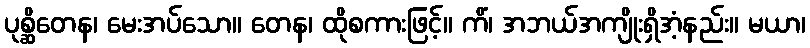
ပုစ္ဆိတေန၊ မေးအပ်သော။ တေန၊ ထိုစကားဖြင့်။ ကိံ၊ အဘယ်အကျိုးရှိအံ့နည်း။ မယာ၊